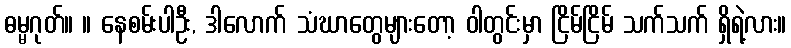
ဓမ္မဂုတ်။ ။ နေစမ်းပါဦး, ဒါလောက် သံဃာတွေများတော့ ဝါတွင်းမှာ ငြိမ်ငြိမ် သက်သက် ရှိရဲ့လား။